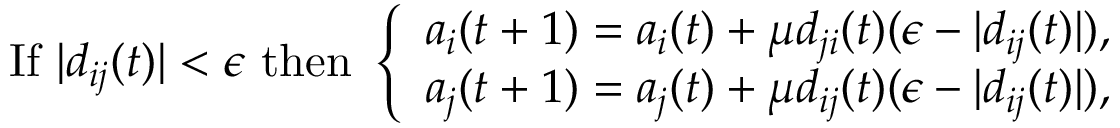
\begin{array} { r } { \mathrm { I f ~ } | d _ { i j } ( t ) | < \epsilon \mathrm { ~ t h e n ~ } \left\{ \begin{array} { l l } { a _ { i } ( t + 1 ) = a _ { i } ( t ) + \mu d _ { j i } ( t ) ( \epsilon - | d _ { i j } ( t ) | ) , } \\ { a _ { j } ( t + 1 ) = a _ { j } ( t ) + \mu d _ { i j } ( t ) ( \epsilon - | d _ { i j } ( t ) | ) , } \end{array} \right. } \end{array}